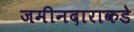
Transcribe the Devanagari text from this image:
जमीनदाराकडे